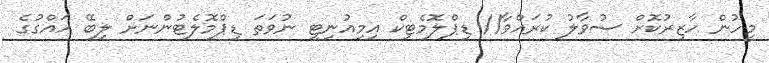
މީހުން ހާޒިރުކޮށް ސުވާލު ކުރައްވާ// ޑިޕްލޮމެޓިކް އިމިއުނިޓީ ނުވަތަ ޑިޕްމޮލެޓުންނަށް ލިބޭ ހައްގުގެ